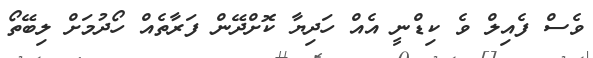
ވެސް ފެއިލް ވެ ކިޑްނީ އެއް ހަދިޔާ ކޮށްދޭން ފަރާތެއް ހޯދުމަށް ލިބޭތޯ